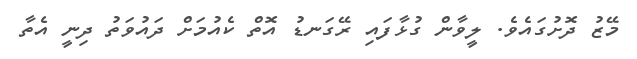
މޭޒު ދޮށުގައެވެ. ލީވާން ގުޅާފައި ރޭގަނޑު އޮތް ކެއުމަށް ދައުވަތު ދިނީ އެތާ